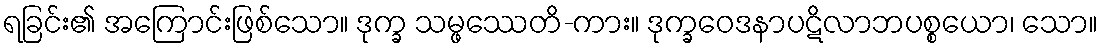
ရခြင်း၏ အကြောင်းဖြစ်သော။ ဒုက္ခ သမ္ဖဿေတိ-ကား။ ဒုက္ခဝေဒနာပဋိလာဘပစ္စယော၊ သော။